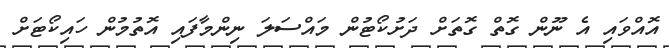
އޮއްވައި އެ ނޫން ގޮތް ގޮތަށް ދަށުކޯޓުން މައްސަލަ ނިންމާފައި އޮތުމުން ހައިކޯޓަށް